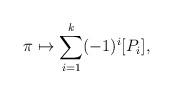
LaTeX: \begin{align*}\pi\mapsto \sum_{i=1}^k (-1)^i[P_i],\end{align*}